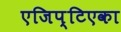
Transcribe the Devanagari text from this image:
एजिप्टिएका